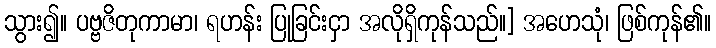
သွား၍။ ပဗ္ဗဇိတုကာမာ၊ ရဟန်း ပြုခြင်းငှာ အလိုရှိကုန်သည်။] အဟေသုံ၊ ဖြစ်ကုန်၏။